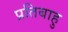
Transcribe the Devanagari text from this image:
प्रतिबाहु